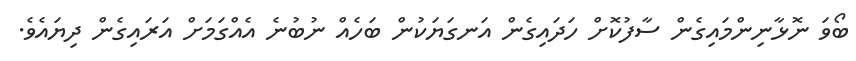
ބޯވަ ނޮޅާނިންމައިގެން ސާފުކޮށް ހަދައިގެން އަނގަޔަކުން ބަހެއް ނުބުނެ އެއްގަމަށް އަރައިގެން ދިޔައެވެ.